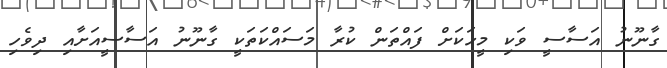
ގާނޫނު އަސާސީ ވަކި މީހަކަށް ފައްތަން ކުރާ މަސައްކަތަކީ ގާނޫނު އަސާސީއަށާއި ދިވެހި